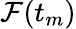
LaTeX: {\mathcal{F}}(t_{m})